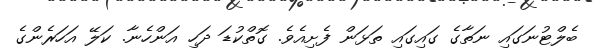
ބެލްޓުނަގައި ނަތާގެ ގައިގައި ތަޅަން ފެށިއެވެ. ގޮތްކުޑަ ދަހި އަންހެނާ. ކަލޭ އަހަރެންގެ